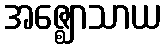
အဇ္ဈောသာယ